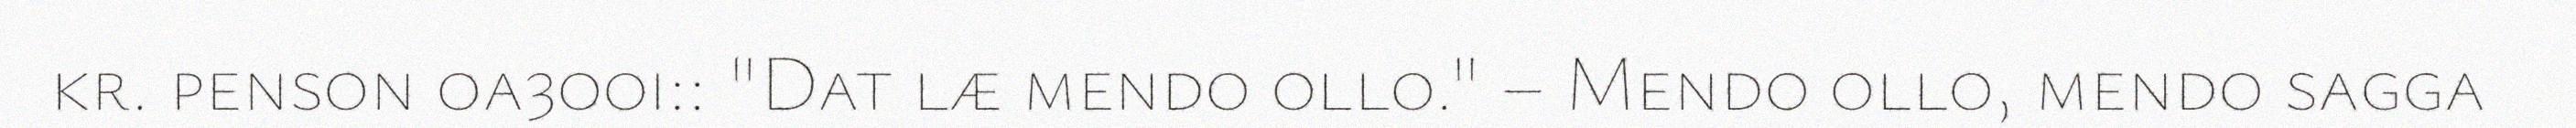
kr. penson oa3o0i:: "Dat læ mendo ollo." – Mendo ollo, mendo sagga